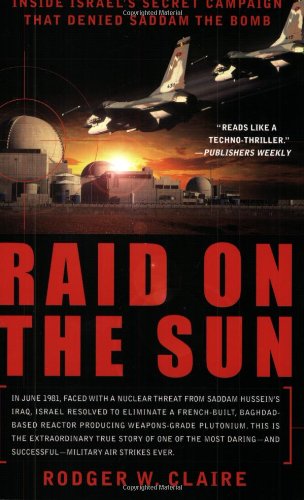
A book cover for Raid on the Sun: Inside Israel's Secret Campaign that Denied Saddam the Bomb; Rodger Claire; History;